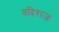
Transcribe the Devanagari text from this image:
वदिराज